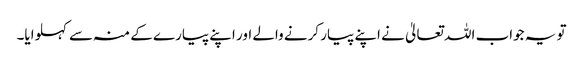
تو یہ جواب اللہ تعالیٰ نے اپنے پیار کرنے والے اور اپنے پیارے کے منہ سے کہلوایا۔